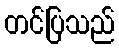
တင်ပြသည်